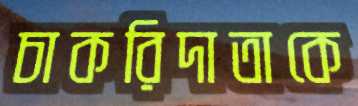
চাকরিদাতাকে